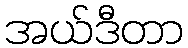
အယ်ဒီတာ